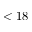
< 1 8